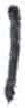
אות: ו